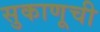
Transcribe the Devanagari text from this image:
सुकाणूची